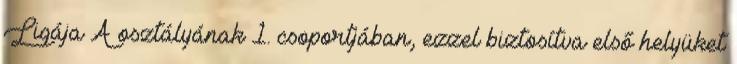
Ligája A osztályának 1. csoportjában, ezzel biztosítva első helyüket